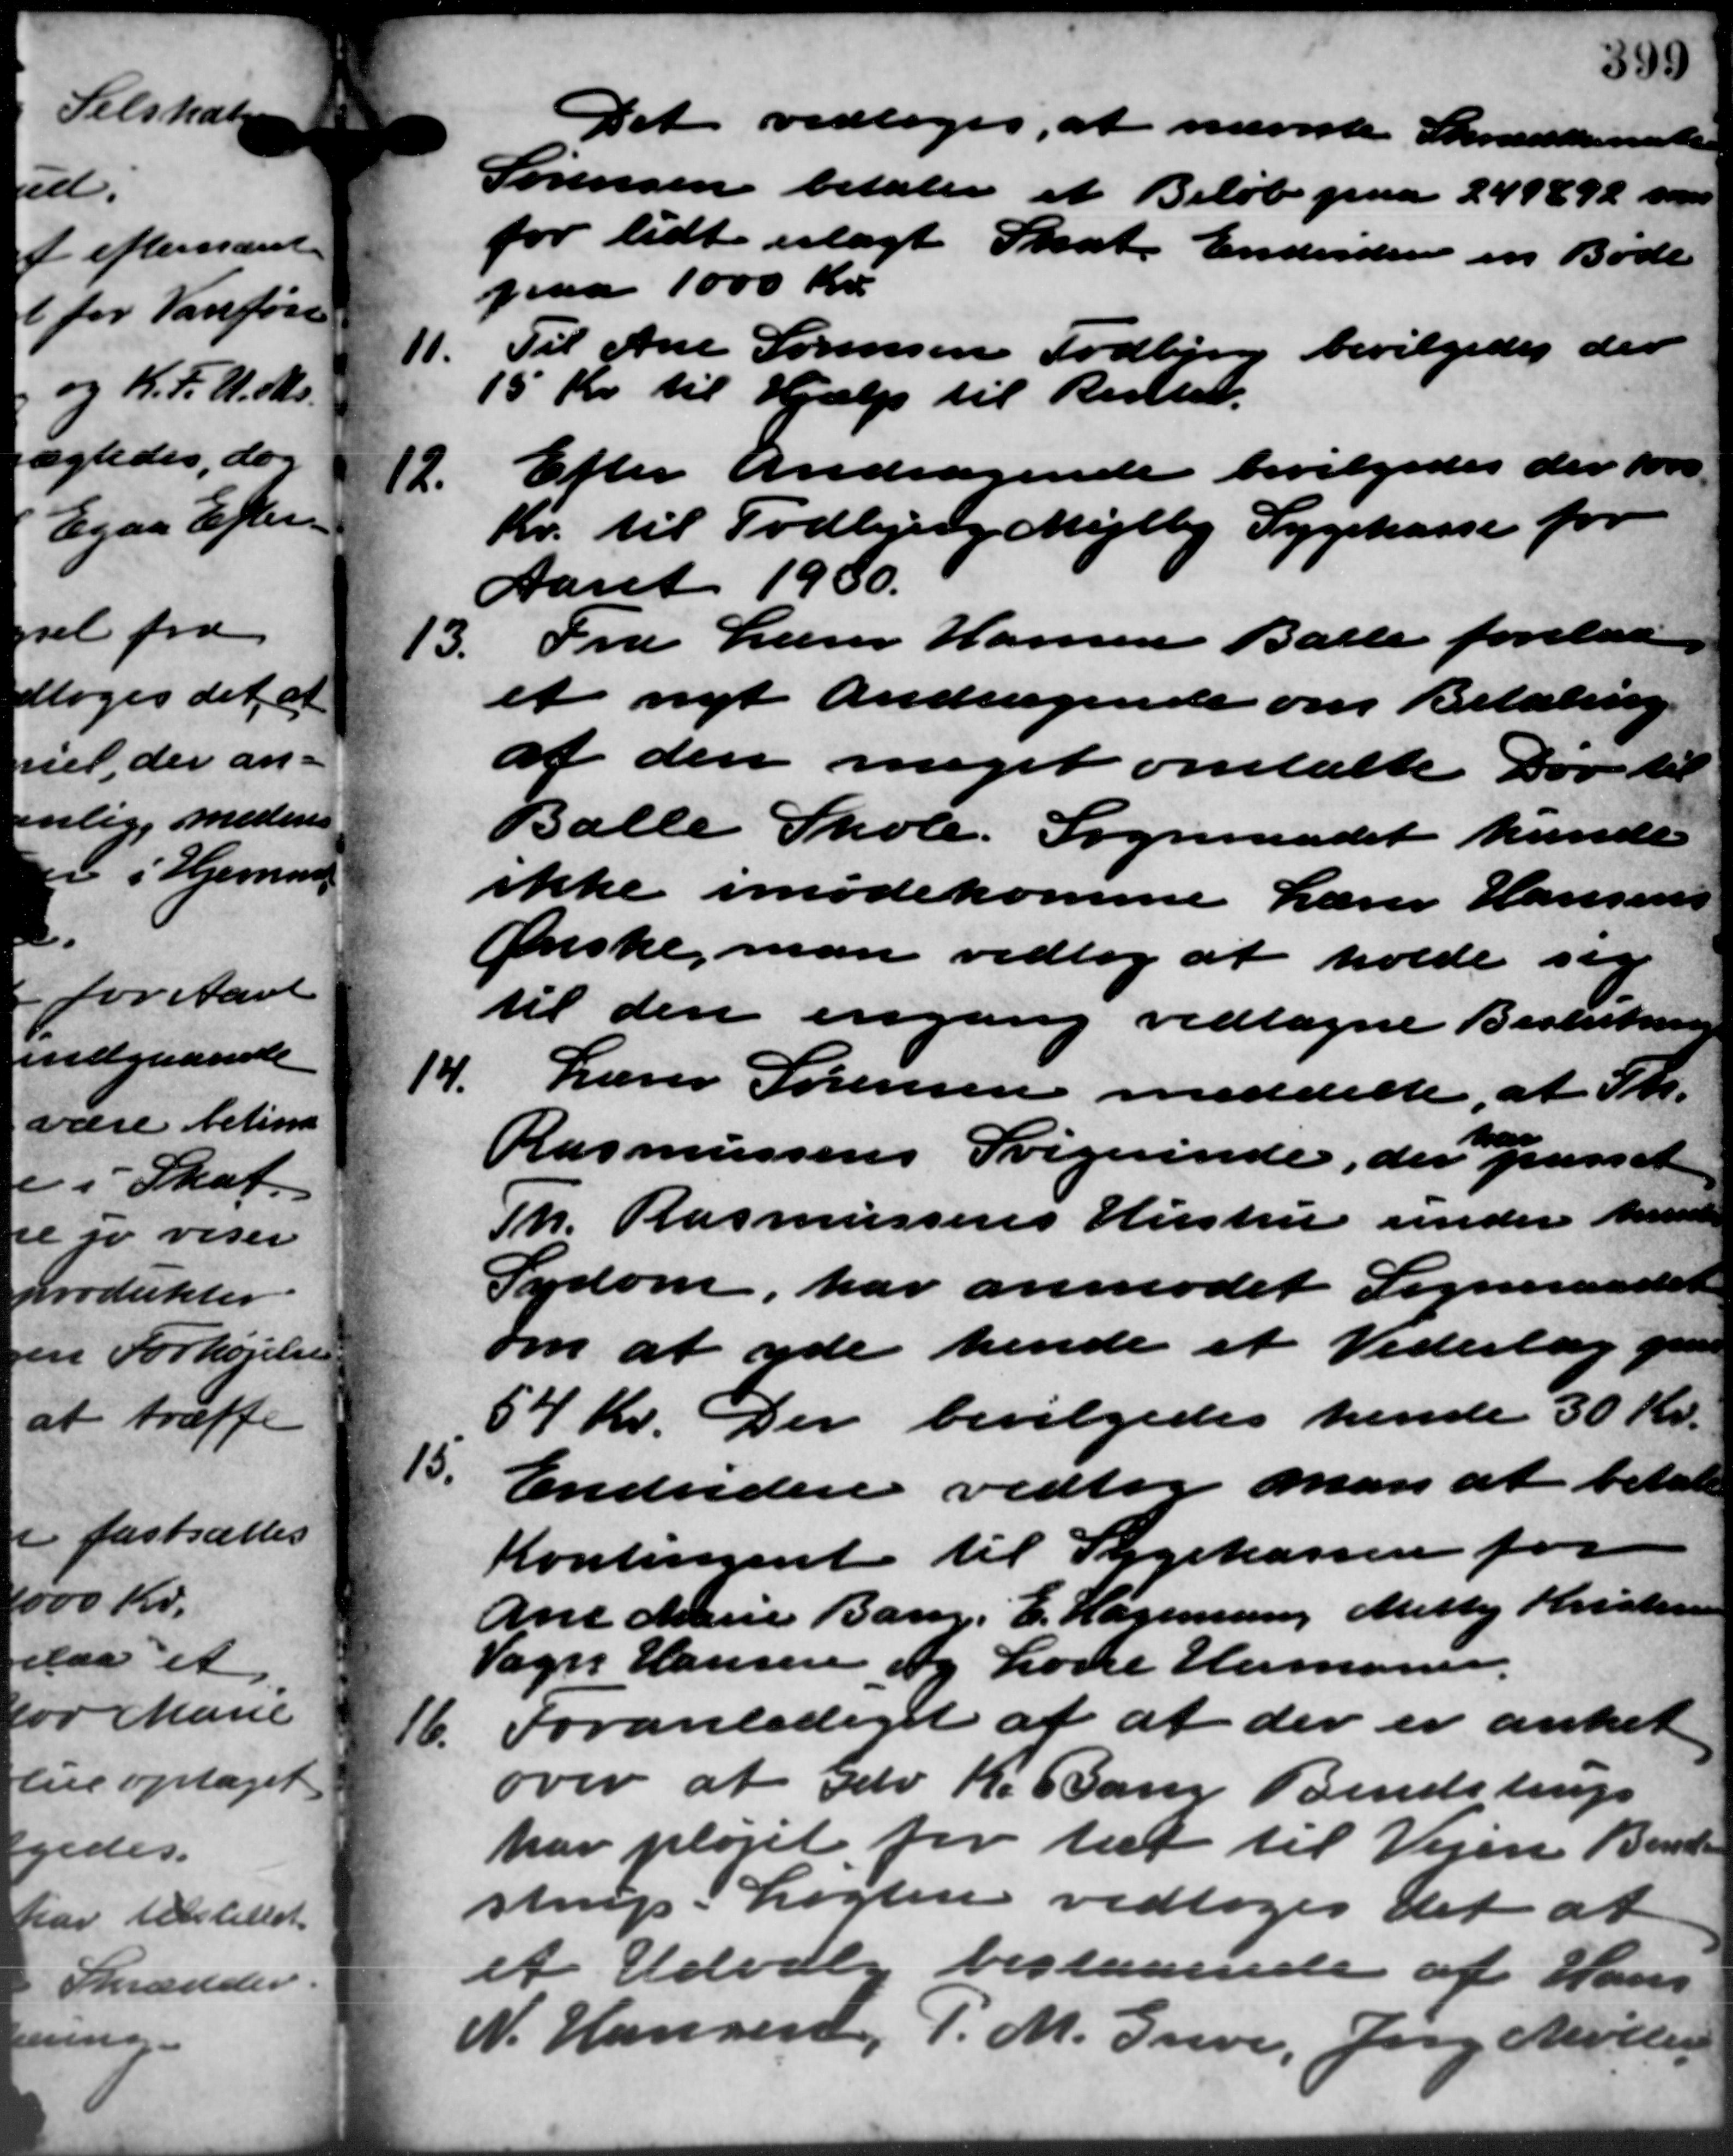
Transskription:
Det vedtoges, at nævnte Skræddenester
Sørensen betaler et Beløb paa 249892 som
for lidt erlagt Skat. Endvidere en Bøde
paa 1000 Kr.
11.
Til Ane Sørensen Todbjerg bevilgedes der
15 Kr. til Hjælp til Resttet.
Efter Andragende bevilgedes der for
12.
Kr. til Todbjerg Mejlby Sygekasse for
Aaret 1930.
13. Fra Lærer Hansen Balle forelaa
13. Fra Lærer Hansen Balle forelaa
et nyt Andragende om Betaling
af den meget omtalte Dør til
Balle Skole. Sogneraadet kunde
ikke imødekomme Lærer Hansens
Ønske, man vedtog at holde sig
til den engang vedtagne Beslutning
14.
Lærer Sørensen meddelte, at Sk.
Rasmussens Svigerinde, der passet
Th. Rasmussens Hustru under kunde
Sydom, har anmodet Sogneraadet
om at yde hende et Vederlag o
54 Kr. Der bevilgedes hende 30 Kr.
15.
Endvidere vedtog man at betale
Kontingent til Sygekassen for
Ane Marie Bang. E. Hageman, Metty Kristensen
Vagn Hansen og Lone Hermaner.
16.
Foranlediget af at der er anket
over at Gdr. K. Bang Bendstrup
har plejet for til til Vejen Band
strup Løgten vedtoges det at
et Udvalg bestaaende af Hans
N. Hansen, P. M. Greve, Jerg Møller